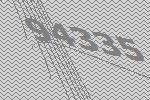
94335